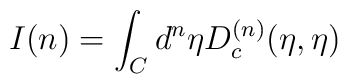
I(n) = \int_{C}{d^n}{\eta}D_{c}^{(n)}(\eta,{\eta})